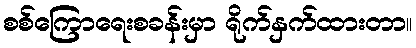
စစ်ကြောရေးစခန်းမှာ ရိုက်နှက်ထားတာ။